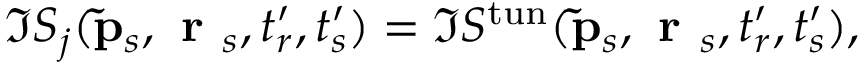
\Im S _ { j } ( \mathbf { \tilde { p } } _ { s } , \textbf { r } _ { s } , t _ { r } ^ { \prime } , t _ { s } ^ { \prime } ) = \Im S ^ { \mathrm { t u n } } ( \mathbf { \tilde { p } } _ { s } , \textbf { r } _ { s } , t _ { r } ^ { \prime } , t _ { s } ^ { \prime } ) ,